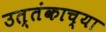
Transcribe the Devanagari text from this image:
उत्तंकाच्या